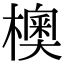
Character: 𪴃